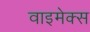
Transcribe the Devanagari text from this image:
वाइमेक्स